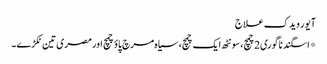
آیور ویدک علاج
*اسگند ناگوری2چمچ، سونٹھ ایک چمچ، سیاہ مرچ پاؤ چمچ اور مصری تین ٹکڑے۔